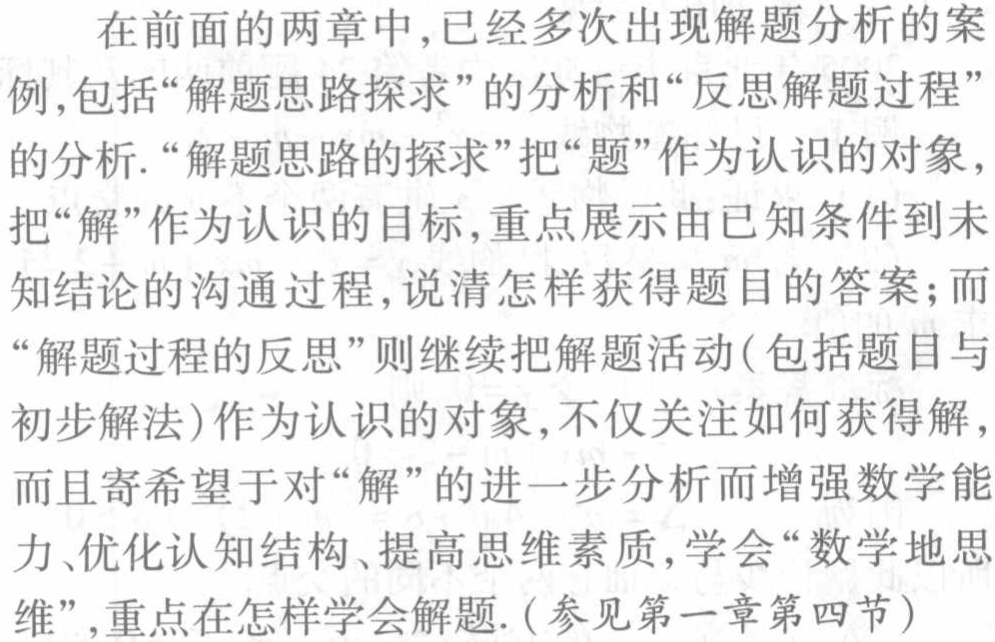
在前面的两章中,已经多次出现解题分析的案例,包括“解题思路探求”的分析和“反思解题过程”的分析.“解题思路的探求”把“题”作为认识的对象，把“解”作为认识的目标,重点展示由已知条件到未知结论的沟通过程,说清怎样获得题目的答案;而“解题过程的反思”则继续把解题活动(包括题目与初步解法)作为认识的对象,不仅关注如何获得解，而且寄希望于对“解”的进一步分析而增强数学能力、优化认知结构、提高思维素质,学会“数学地思维”,重点在怎样学会解题.(参见第一章第四节)